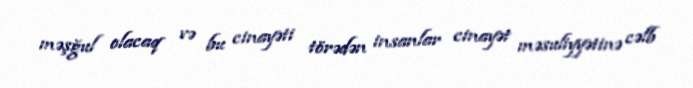
məşğul olacaq və bu cinayəti törədən insanlar cinayət məsuliyyətinə cəlb